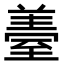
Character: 𦥈